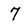
Character: 7